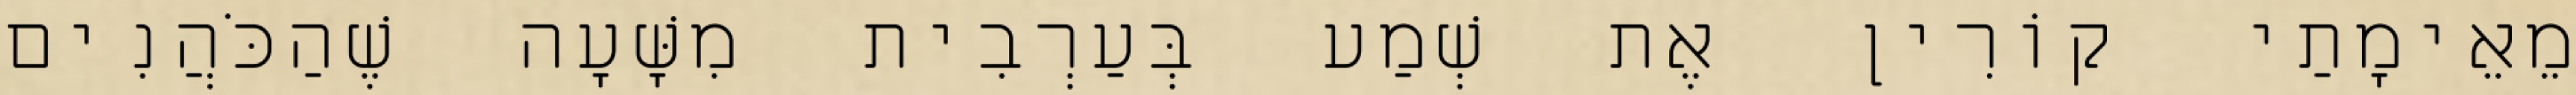
מֵאֵימָתַי קוֹרִין אֶת שְׁמַע בְּעַרְבִית מִשָּׁעָה שֶׁהַכֹּהֲנִים